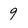
Character: 9